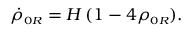
\dot { \rho } _ { \scriptscriptstyle 0 R } = H \, ( 1 - 4 \rho _ { \scriptscriptstyle 0 R } ) .